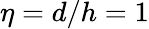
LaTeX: \eta=d/h=1